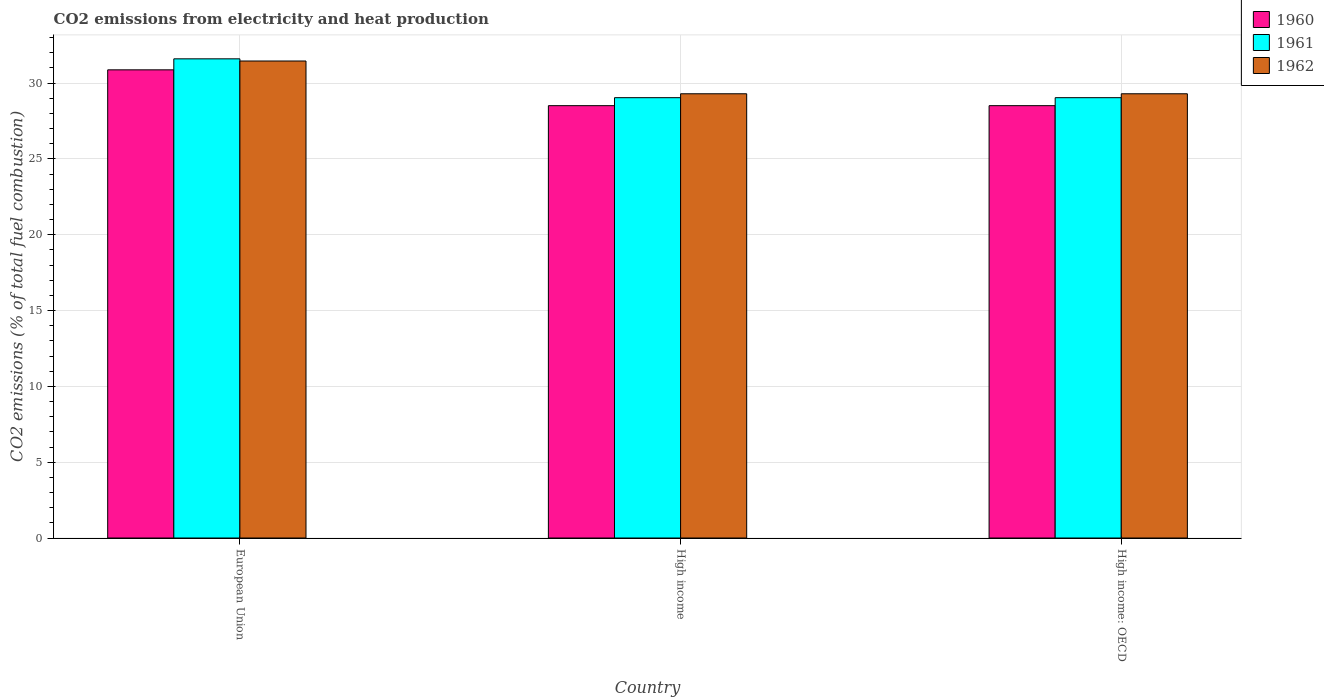
| Country | 1960 | 1961 | 1962 |
 | --- | --- | --- | --- |
 | European Union | 30.9 | 31.6 | 31.5 |
 | High income | 28.5 | 29 | 29.3 |
 | High income: OECD | 28.5 | 29 | 29.3 |